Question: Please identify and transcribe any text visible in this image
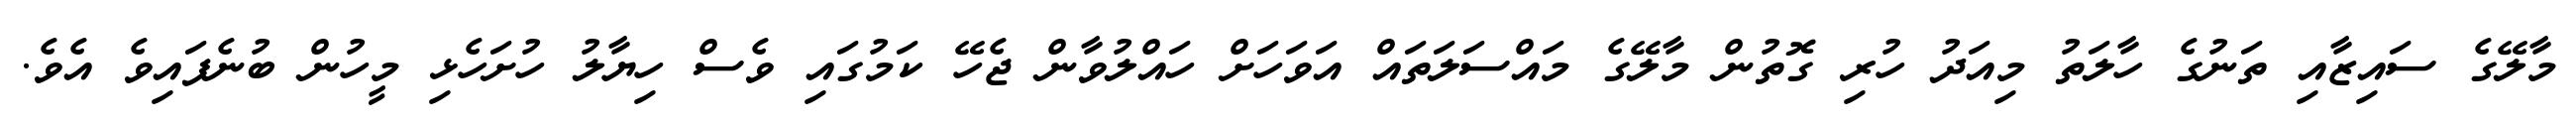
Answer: މާލޭގެ ސައިޒާއި ތަނުގެ ހާލަތު މިއަދު ހުރި ގޮތުން މާލޭގެ މައްސަލަތައް އަވަހަށް ހައްލުވާން ޖެހޭ ކަމުގައި ވެސް ހިޔާލު ހުށަހެޅި މީހުން ބުނެފައިވެ އެވެ.